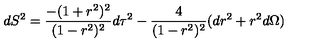
d S ^ { 2 } = { \frac { - ( 1 + r ^ { 2 } ) ^ { 2 } } { ( 1 - r ^ { 2 } ) ^ { 2 } } } d \tau ^ { 2 } - { \frac { 4 } { ( 1 - r ^ { 2 } ) ^ { 2 } } } ( d r ^ { 2 } + r ^ { 2 } d \Omega )